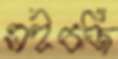
এইচজি